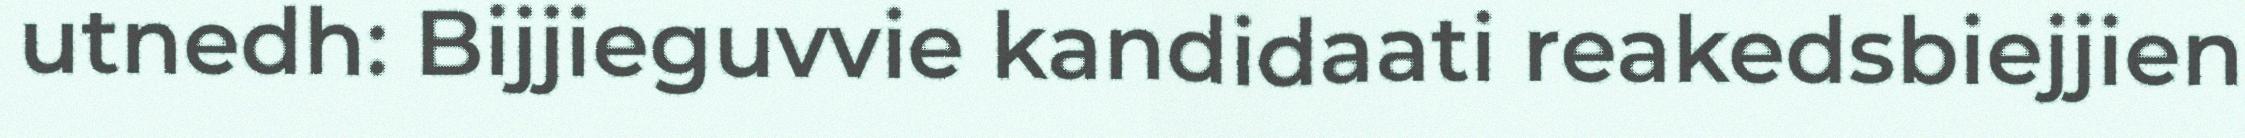
utnedh: Bijjieguvvie kandidaati reakedsbiejjien